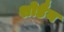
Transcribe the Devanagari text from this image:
शोडैन